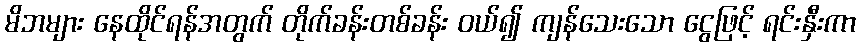
မိဘများ နေထိုင်ရန်အတွက် တိုက်ခန်းတစ်ခန်း ဝယ်၍ ကျန်သေးသော ငွေဖြင့် ရင်းနှီးကာ